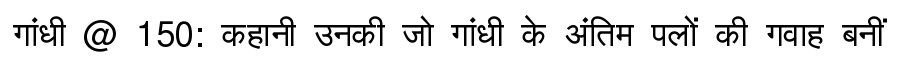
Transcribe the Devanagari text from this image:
गांधी @ 150: कहानी उनकी जो गांधी के अंतिम पलों की गवाह बनीं